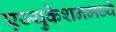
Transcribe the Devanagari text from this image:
एज्युकेशनमध्ये